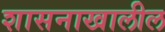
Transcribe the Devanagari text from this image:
शासनाखालील